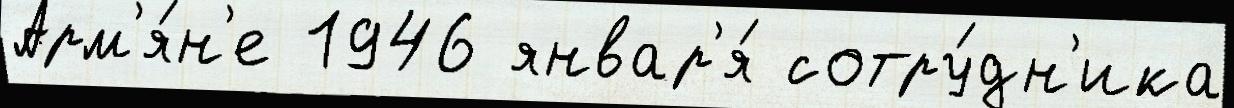
Арм'я́н'е 1946 январ'я́ сотру́дн'ика